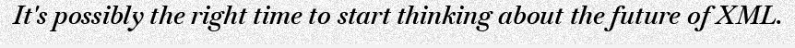
It's possibly the right time to start thinking about the future of XML.